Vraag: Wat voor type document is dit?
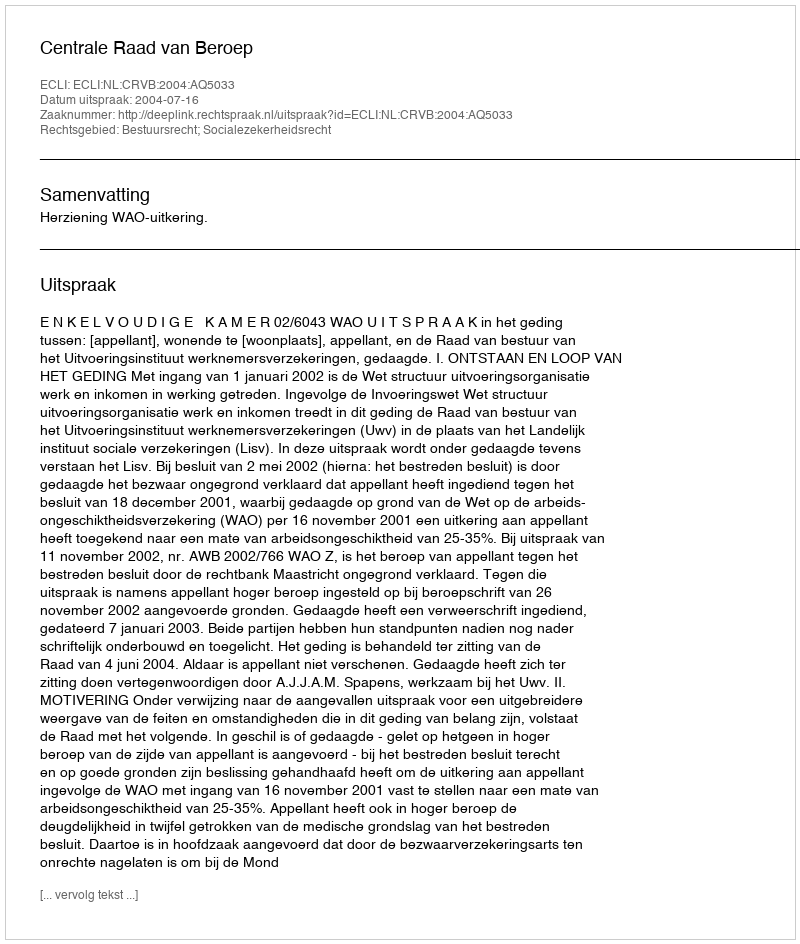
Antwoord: Uitspraak